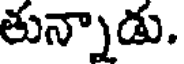
తున్నాడు.